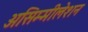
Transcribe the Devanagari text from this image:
असिम्मीलेशन